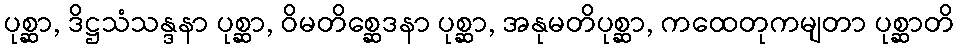
ပုစ္ဆာ, ဒိဋ္ဌသံသန္ဒနာ ပုစ္ဆာ, ဝိမတိစ္ဆေဒနာ ပုစ္ဆာ, အနုမတိပုစ္ဆာ, ကထေတုကမျတာ ပုစ္ဆာတိ